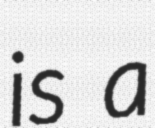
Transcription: is a